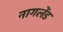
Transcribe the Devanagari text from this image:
नागलेंड